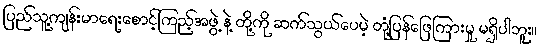
ပြည်သူ့ကျန်းမာရေးစောင့်ကြည့်အဖွဲ့ နဲ့ တို့ကို ဆက်သွယ်ပေမဲ့ တုံ့ပြန်ဖြေကြားမှု မရှိပါဘူး။